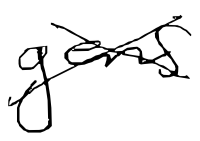
Text: gens
Cross-out: cross
Writing tool: digital_black